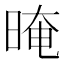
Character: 晻